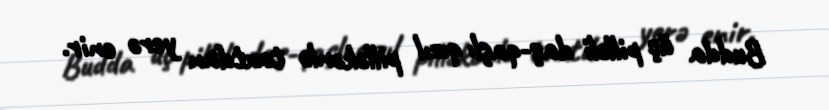
Budda üç pilləli daş-qaşlı qızıl pilləkənlə taxtdan yerə enir.